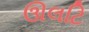
ઊલટિ